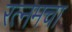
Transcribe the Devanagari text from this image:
रत्नमचा